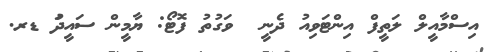
އިސްމާއީލް ލަތީފް އިންޓަވިއު ދެނީ  ވަގުތު ފޮޓޯ: ޔާމީން ސައީދުަ ޑރ.